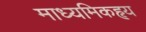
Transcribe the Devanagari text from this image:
माध्यमिकहृय